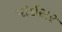
પોઇસર